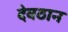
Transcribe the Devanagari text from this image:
देवठान